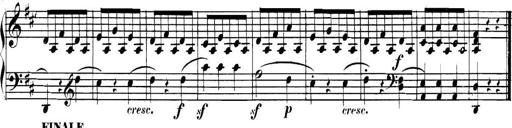
Title: Collected Piano Sonatas
Composer: Muzio Clementi